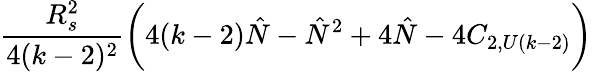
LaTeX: {\frac{R_{s}^{2}}{4(k-2)^{2}}}\biggl(4(k-2){\hat{N}}-{\hat{N}}^{2}+4{\hat{N}}-4C_{2,U(k-2)}\biggr)